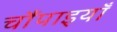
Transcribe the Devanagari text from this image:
चौंपाइयाँ